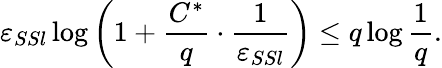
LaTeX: \varepsilon_{SSl}\log\left(1+\frac{C^{*}}{q}\cdot\frac{1}{\varepsilon_{SSl}}\right)\leq q\log\frac 1q.